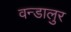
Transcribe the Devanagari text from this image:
वन्डालुर